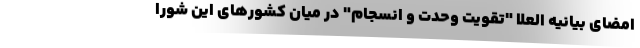
امضای بیانیه العلا "تقویت وحدت و انسجام" در میان کشورهای این شورا